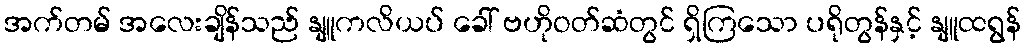
အက်တမ် အလေးချိန်သည် နျူကလိယပ် ခေါ် ဗဟိုဝတ်ဆံတွင် ရှိကြသော ပရိုတွန်နှင့် နျူထရွန်